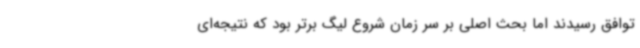
توافق رسیدند اما بحث اصلی بر سر زمان شروع لیگ برتر بود که نتیجه‌ای